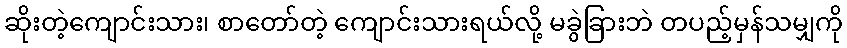
ဆိုးတဲ့ကျောင်းသား၊ စာတော်တဲ့ ကျောင်းသားရယ်လို့ မခွဲခြားဘဲ တပည့်မှန်သမျှကို